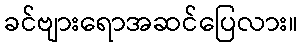
ခင်ဗျားရောအဆင်ပြေလား။